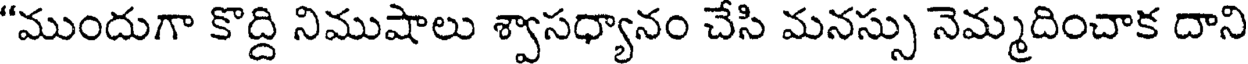
"ముందుగా కొద్ది నిముషాలు శ్వాసధ్యానం చేసి మనస్సు నెమ్మదించాక దాని